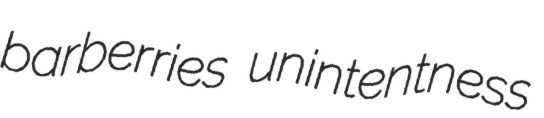
barberries unintentness